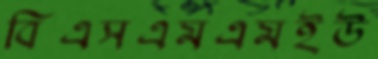
বিএসএমএমইউ